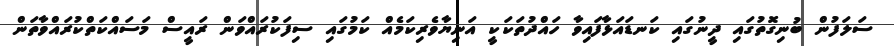
ސަލަފުން ބުނިގޮތުގައި ދީނުގައި ކަނޑައަޅާފައިވާ ހައްދުތަކަކީ އަނިޔާވެރިކަމެއް ކަމުގައި ސިފަކުރައްވަން ރައީސް މަސައްކަތްކުރައްވާތަން